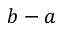
b - a